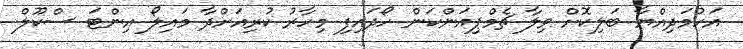
އަހުމަދިއްޔާ ބަލިކޮށް ވިލާ ޗެމްޕިއަންކަން ހޯދައިފި މިހާރު ކުރިއަށްދާ މައިލޯ އިންޓަ ސްކޫލް